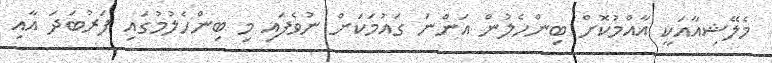
މެލޭޝިއާއަކީ އާއްމުކޮށް ބިންހެލުން އަންނަ ގައުމަކަށް ނުވެފައި މި ބިންހެލުމުގައި ފަރުބަދަ އާއި